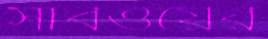
সাবওয়ের